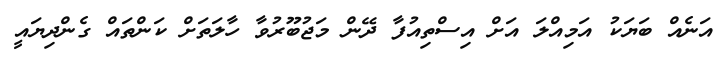
އަނެއް ބަޔަކު އަމިއްލަ އަށް އިސްތިއުފާ ދޭން މަޖުބޫރުވާ ހާލަތަށް ކަންތައް ގެންދިޔައީ